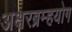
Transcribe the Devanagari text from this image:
अक्षरब्रम्हयोग